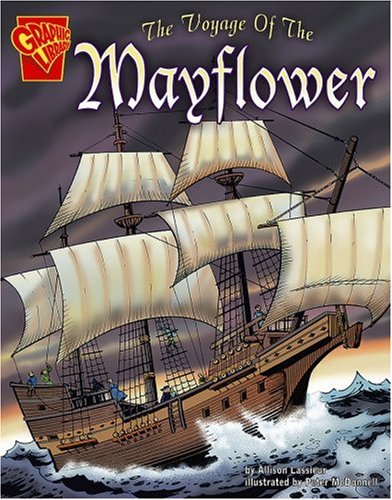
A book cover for The Voyage of the Mayflower (Graphic History); Allison Lassieur; Children's Books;